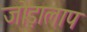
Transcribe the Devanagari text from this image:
जोड़ालाप